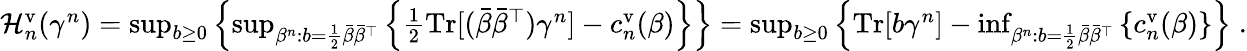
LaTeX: \begin{array}{r}{\mathcal{H}_{n}^{\mathrm{v}}(\gamma^{n})=\operatorname*{sup}_{b\geq 0}\left\{ \operatorname*{sup}_{\beta^{n}\colon b=\frac 12\bar{\beta}\bar{\beta}^{\top}}\left\{ \frac 12\mathrm{Tr}[(\bar{\beta}\bar{\beta}^{\top})\gamma^{n}]-c_{n}^{\mathrm{v}}(\beta)\right\} \right\} =\operatorname*{sup}_{b\geq 0}\left\{ \mathrm{Tr}[b\gamma^{n}]-\operatorname*{inf}_{\beta^{n}\colon b=\frac 12\bar{\beta}\bar{\beta}^{\top}}\left\{ c_{n}^{\mathrm{v}}(\beta)\right\} \right\} \; .}\end{array}